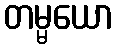
တမ္မယော